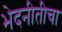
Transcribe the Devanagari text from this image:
भेदनीतीचा